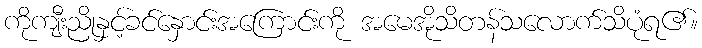
ကိုကျီးညိုနှင့်ခင်နှောင်းအကြောင်းကို အမေအိုသိတန်သလောက်သိပုံရ၏။